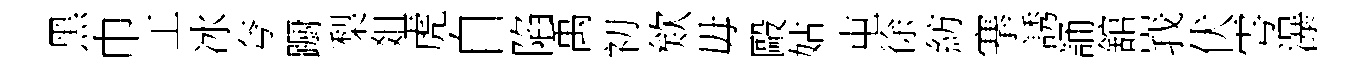
黑巾工冰夸蹰梨爼虎自陷禹初欸毋毆姑屯徐紡搴誘誦舘峩伏雩瀑